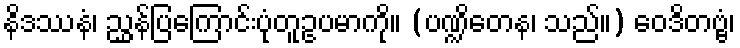
နိဒဿနံ၊ ညွှန်ပြကြောင်းပုံတူဥပမာကို။ (ပဏ္ဍိတေန၊ သည်။) ဝေဒိတဗ္ဗံ၊